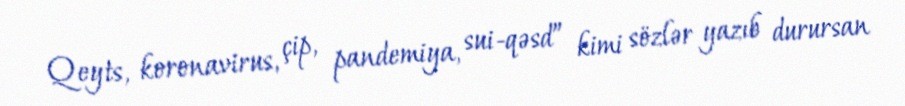
Qeyts, koronavirus, çip, pandemiya, sui-qəsd” kimi sözlər yazıb durursan